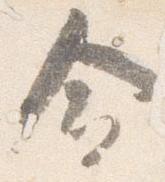
命